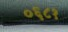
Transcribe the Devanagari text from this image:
०६८१